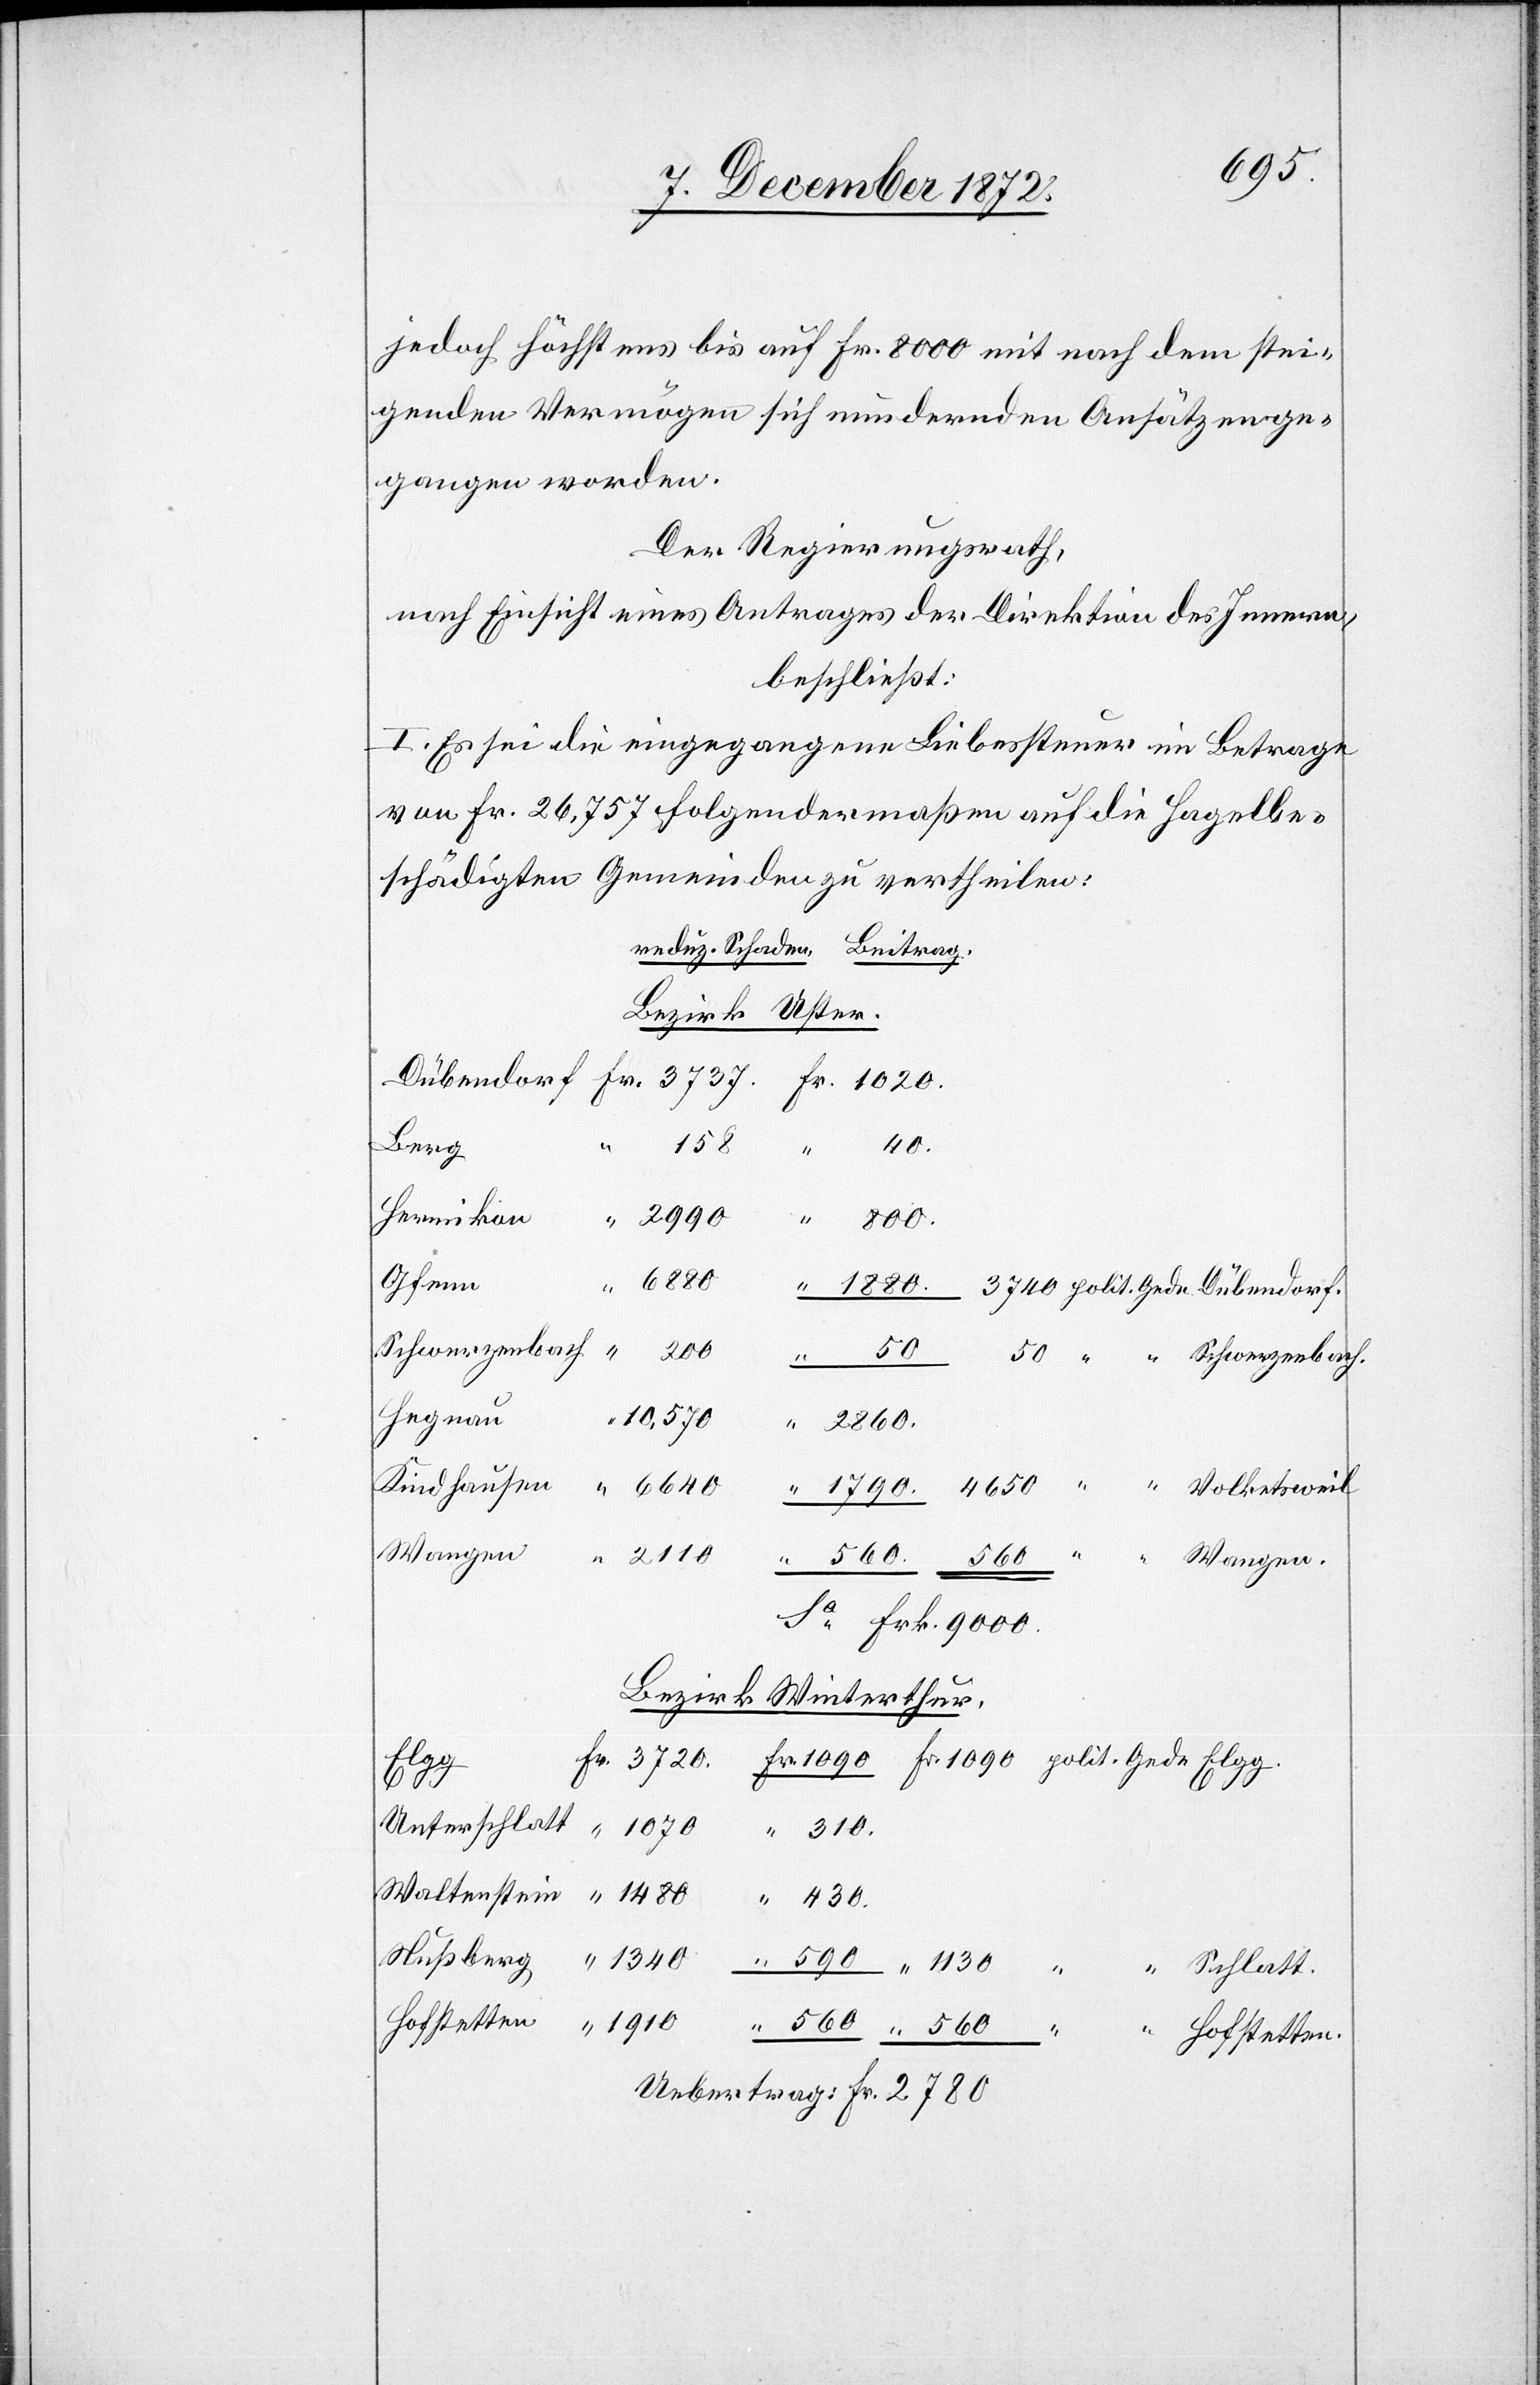
1910
jedoch höchstens bis auf Fr. 8000 mit nach dem stei¬
genden Vermögen sich mindernden Ansätzen ge¬
gangen worden.
Der Regierungsrath,
nach Einsicht eines Antrages der Direktion des Innern,
beschließt:
I. Es sei die eingegangene Liebessteuer im Betrage
von Fr. 26,757 folgendermaßen auf die Hagelbe¬
schädigten Gemeinden zu vertheilen:
Bezirk Uster.
berg
Gfenn
6889
Hegnau
Kindhausen
Wangen.
Sa Frk. 9000.
Bezirk Winterthur.
Nuß¬
Hofstetten.